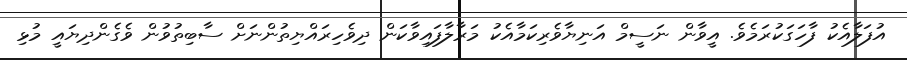
އުފަލާއެކު ފާހަގަކުރަމެވެ. އީވާން ނަސީމް އަނިޔާވެރިކަމާއެކު މަރާލާފައިވާކަން ދިވެހިރައްޔިތުންނަށް ސާބިތުވުން ވެގެންދިޔައީ މުޅި